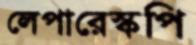
লেপারেস্কপি